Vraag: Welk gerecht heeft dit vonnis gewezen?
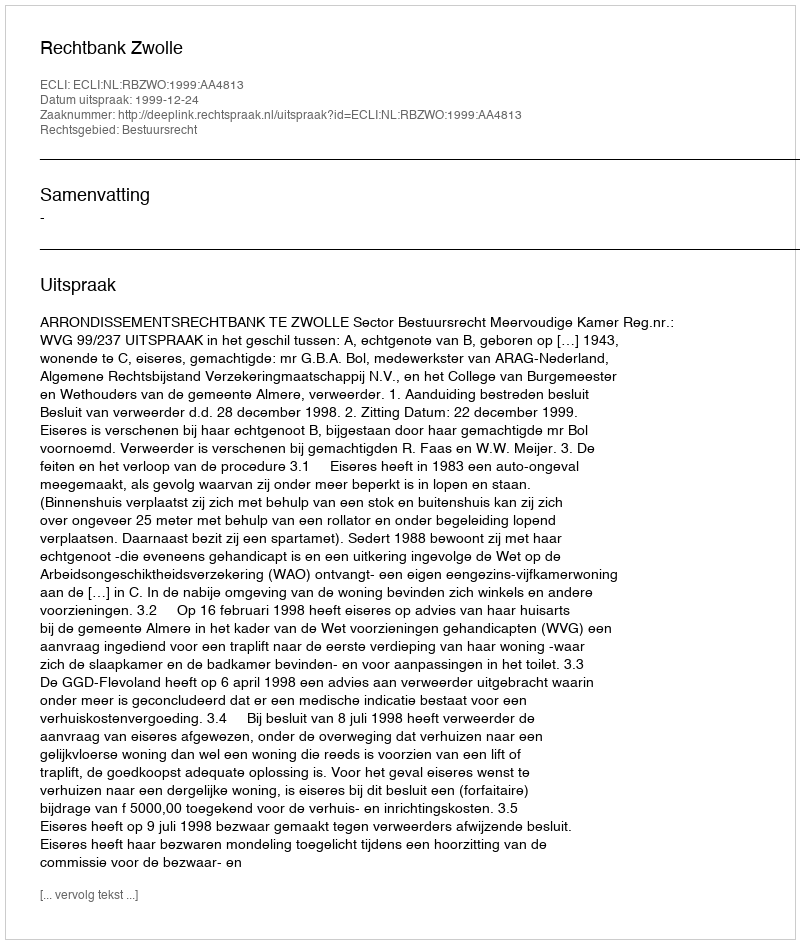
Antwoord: Rechtbank Zwolle